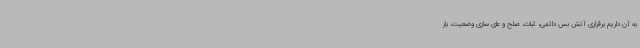
به آن داریم برقراری آتش بس دائمی، ثبات، صلح و عای سازی وضعیت، باز